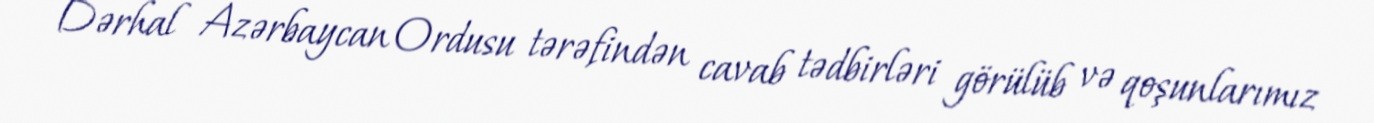
Dərhal Azərbaycan Ordusu tərəfindən cavab tədbirləri görülüb və qoşunlarımız